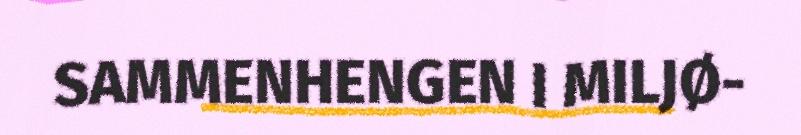
SAMMENHENGEN I MILJØ-